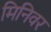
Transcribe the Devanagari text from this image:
मिनिवर